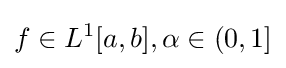
f\in L^{1}[a,b],\alpha \in (0,1]